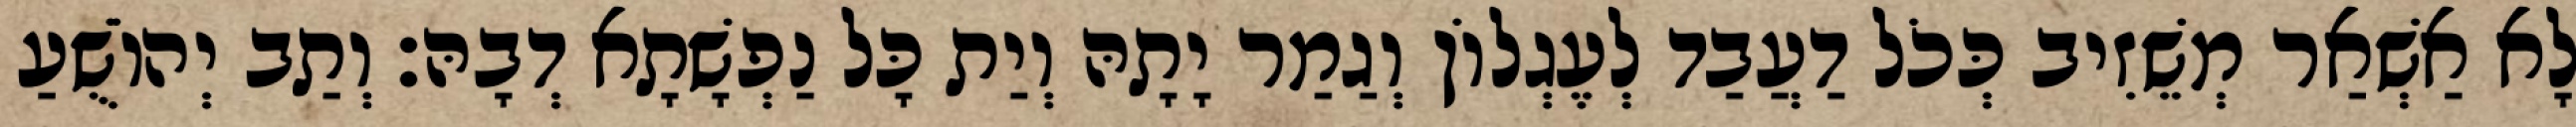
לָא אַשְׁאַר מְשֵׁזִיב כְּכֹל דַעֲבַד לְעֶגְלוֹן וְגַמַר יָתָהּ וְיַת כָּל נַפְשָׁתָא דְבָהּ׃ וְתַב יְהוֹשֻׁעַ